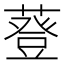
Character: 䔲